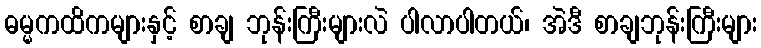
ဓမ္မကထိကများနှင့် စာချ ဘုန်းကြီးများလဲ ပါလာပါတယ်၊ အဲဒီ စာချဘုန်းကြီးများ